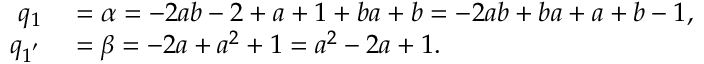
\begin{array} { r l } { q _ { 1 } } & { { } = \alpha = - 2 a b - 2 + a + 1 + b a + b = - 2 a b + b a + a + b - 1 , } \\ { q _ { 1 ^ { ' } } } & { { } = \beta = - 2 a + a ^ { 2 } + 1 = a ^ { 2 } - 2 a + 1 . } \end{array}